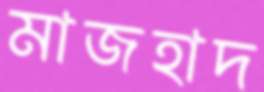
মাজহাদ